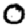
Digit: 0